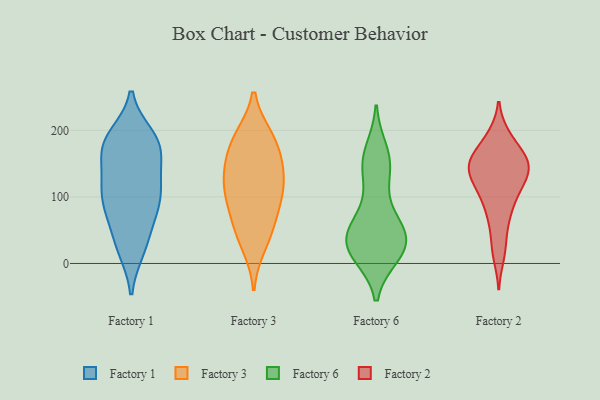
{"axis": {"x": "Humidity (%)", "y": "Value"}, "legend": ["Factory 1", "Factory 2", "Factory 3", "Factory 6"], "data": [{"x": "", "y": 177, "type": "Factory 1"}, {"x": "", "y": 185, "type": "Factory 1"}, {"x": "", "y": 21, "type": "Factory 1"}, {"x": "", "y": 119, "type": "Factory 1"}, {"x": "", "y": 107, "type": "Factory 1"}, {"x": "", "y": 79, "type": "Factory 1"}, {"x": "", "y": 168, "type": "Factory 1"}, {"x": "", "y": 99, "type": "Factory 1"}, {"x": "", "y": 189, "type": "Factory 1"}, {"x": "", "y": 37, "type": "Factory 1"}, {"x": "", "y": 175, "type": "Factory 1"}, {"x": "", "y": 167, "type": "Factory 1"}, {"x": "", "y": 94, "type": "Factory 1"}, {"x": "", "y": 137, "type": "Factory 1"}, {"x": "", "y": 191, "type": "Factory 1"}, {"x": "", "y": 88, "type": "Factory 1"}, {"x": "", "y": 60, "type": "Factory 1"}, {"x": "", "y": 123, "type": "Factory 1"}, {"x": "", "y": 21, "type": "Factory 1"}, {"x": "", "y": 138, "type": "Factory 3"}, {"x": "", "y": 152, "type": "Factory 3"}, {"x": "", "y": 57, "type": "Factory 3"}, {"x": "", "y": 48, "type": "Factory 3"}, {"x": "", "y": 28, "type": "Factory 3"}, {"x": "", "y": 189, "type": "Factory 3"}, {"x": "", "y": 90, "type": "Factory 3"}, {"x": "", "y": 116, "type": "Factory 3"}, {"x": "", "y": 186, "type": "Factory 3"}, {"x": "", "y": 142, "type": "Factory 3"}, {"x": "", "y": 96, "type": "Factory 3"}, {"x": "", "y": 185, "type": "Factory 3"}, {"x": "", "y": 109, "type": "Factory 3"}, {"x": "", "y": 58, "type": "Factory 6"}, {"x": "", "y": 150, "type": "Factory 6"}, {"x": "", "y": 148, "type": "Factory 6"}, {"x": "", "y": 55, "type": "Factory 6"}, {"x": "", "y": 20, "type": "Factory 6"}, {"x": "", "y": 14, "type": "Factory 6"}, {"x": "", "y": 30, "type": "Factory 6"}, {"x": "", "y": 168, "type": "Factory 6"}, {"x": "", "y": 21, "type": "Factory 6"}, {"x": "", "y": 149, "type": "Factory 6"}, {"x": "", "y": 43, "type": "Factory 6"}, {"x": "", "y": 43, "type": "Factory 6"}, {"x": "", "y": 17, "type": "Factory 6"}, {"x": "", "y": 37, "type": "Factory 6"}, {"x": "", "y": 99, "type": "Factory 6"}, {"x": "", "y": 169, "type": "Factory 2"}, {"x": "", "y": 99, "type": "Factory 2"}, {"x": "", "y": 149, "type": "Factory 2"}, {"x": "", "y": 145, "type": "Factory 2"}, {"x": "", "y": 159, "type": "Factory 2"}, {"x": "", "y": 107, "type": "Factory 2"}, {"x": "", "y": 157, "type": "Factory 2"}, {"x": "", "y": 135, "type": "Factory 2"}, {"x": "", "y": 192, "type": "Factory 2"}, {"x": "", "y": 27, "type": "Factory 2"}, {"x": "", "y": 65, "type": "Factory 2"}, {"x": "", "y": 129, "type": "Factory 2"}, {"x": "", "y": 128, "type": "Factory 2"}, {"x": "", "y": 151, "type": "Factory 2"}, {"x": "", "y": 123, "type": "Factory 2"}, {"x": "", "y": 154, "type": "Factory 2"}, {"x": "", "y": 191, "type": "Factory 2"}, {"x": "", "y": 67, "type": "Factory 2"}, {"x": "", "y": 94, "type": "Factory 2"}, {"x": "", "y": 12, "type": "Factory 2"}]}